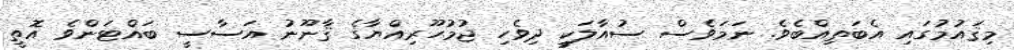
މިޤައުމުގައި އެބަތިއްބެވެ. ނަމަވެސް ސުއާލަކީ ދިވެހި ޖުމުހޫރިއްޔާގެ ޤާނޫނު އަސާސީ ބައްޓަންވެ އޮތީ